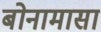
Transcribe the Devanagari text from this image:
बोनामासा